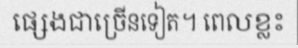
ផ្សេងជាច្រើនទៀត។ ពេលខ្លះ